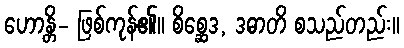
ဟောန္တိ- ဖြစ်ကုန်၏။ စိစ္ဆေဒ, ဒဓာတိ စသည်တည်း။